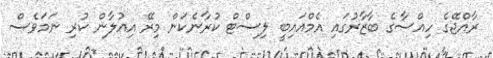
ރާއްޖޭގެ ހިއްސާގެ ބާޒާރުގައި އެމްއައިބީ ލިސްޓް ކުރާނެކަން މިރޭ އިއުލާން ކުރި ނަމަވެސް